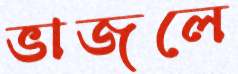
ভাজলে